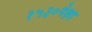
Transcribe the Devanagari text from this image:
१५३०पेक्षा